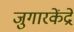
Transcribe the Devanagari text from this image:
जुगारकेंद्रे